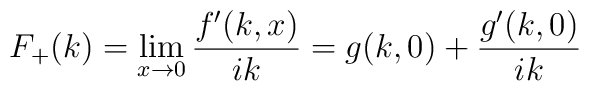
F_+(k)=\lim_{x\to0}\frac{f^\prime(k,x)}{ik}=g(k,0)+\frac{g^\prime(k,0)}{ik}